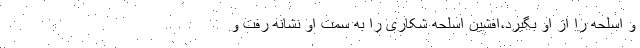
و اسلحه را از او بگیرد،افشین اسلحه شکاری را به سمت او نشانه رفت و